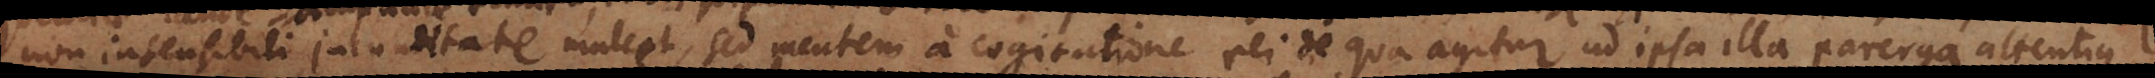
non insensibili jucunditate mulcet, sed mentem a cogitatione rei de qua agitur ad ipsa illa parerga attentius